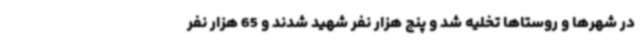
در شهرها و روستاها تخلیه شد و پنج هزار نفر شهید شدند و 65 هزار نفر